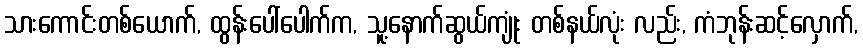
သားကောင်းတစ်ယောက်, ထွန်းပေါ်ပေါက်က, သူ့နောက်ဆွယ်ကျုံး တစ်နယ်လုံး လည်း, ကံဘုန်းဆင့်လှောက်,